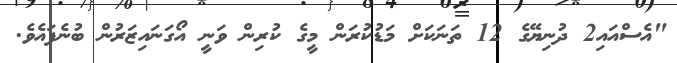
"އެސްއައި2 ދުނިޔޭގެ 12 ތަނަކަށް މަޑުކުރަން މީގެ ކުރިން ވަނީ އޯގަނައިޒަރުން ބުނެފައެވެ.